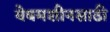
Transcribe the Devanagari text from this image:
वेबमशीनसाठी